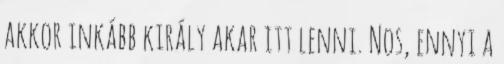
akkor inkább király akar itt lenni. Nos, ennyi a